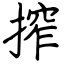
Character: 搾